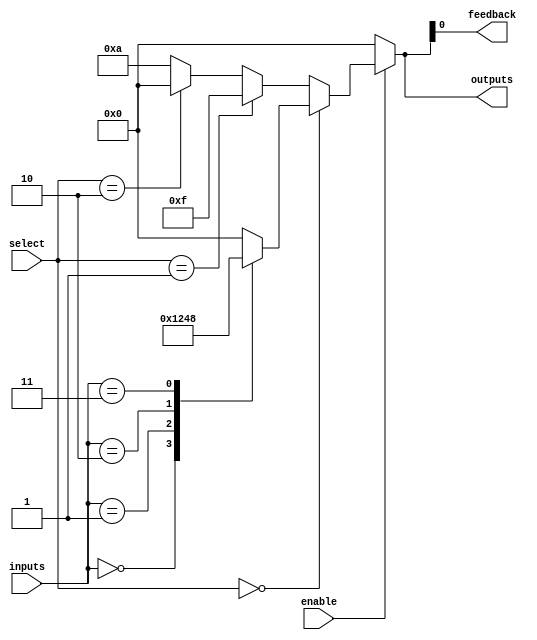
module CLB (
    input wire [3:0] inputs,          // 4-bit input signals
    input wire [1:0] select,          // 2-bit select for multiplexer
    input wire enable,                 // Enable signal
    output wire [3:0] outputs,         // 4-bit output signals
    output wire feedback               // Feedback path for sequential logic
);

// Lookup Table Implementation
reg [3:0] lut; // 4-bit LUT to implement combinational logic

// Logic function: Example implementation of a simple LUT
always @(*) begin
    case (inputs)
        4'b0000: lut = 4'b0001; // Example mapping
        4'b0001: lut = 4'b0010;
        4'b0010: lut = 4'b0100;
        4'b0011: lut = 4'b1000;
        // Additional mappings can be added here
        default: lut = 4'b0000; // Default case
    endcase
end

// Multiplexer Implementation - Selects output based on 'select' signal
wire [3:0] mux_out;
assign mux_out = (select == 2'b00) ? lut :   // Output from LUT
                 (select == 2'b01) ? 4'b1111 : // Example hard-coded output
                 (select == 2'b10) ? 4'b0000 : // Another hard-coded output
                 4'b1010; // Default output

// Enable logic
assign outputs = enable ? mux_out : 4'b0000; // Outputs are enabled only if enable is high

// Feedback path - Example feedback to one of the inputs
assign feedback = outputs[0]; // Feedback the first output to the feedback path

endmodule